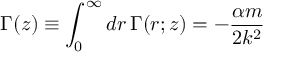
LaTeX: \Gamma ( z ) \equiv \int _ { 0 } ^ { \infty } d r \, \Gamma ( r ; z ) = - \frac { \alpha m } { 2 k ^ { 2 } }